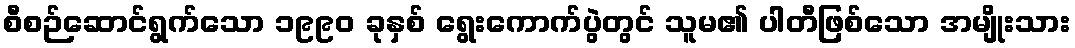
စီစဉ်ဆောင်ရွက်သော ၁၉၉၀ ခုနှစ် ရွေးကောက်ပွဲတွင် သူမ၏ ပါတီဖြစ်သော အမျိုးသား